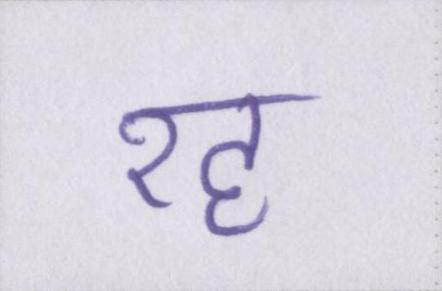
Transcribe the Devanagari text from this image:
रह